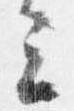
云